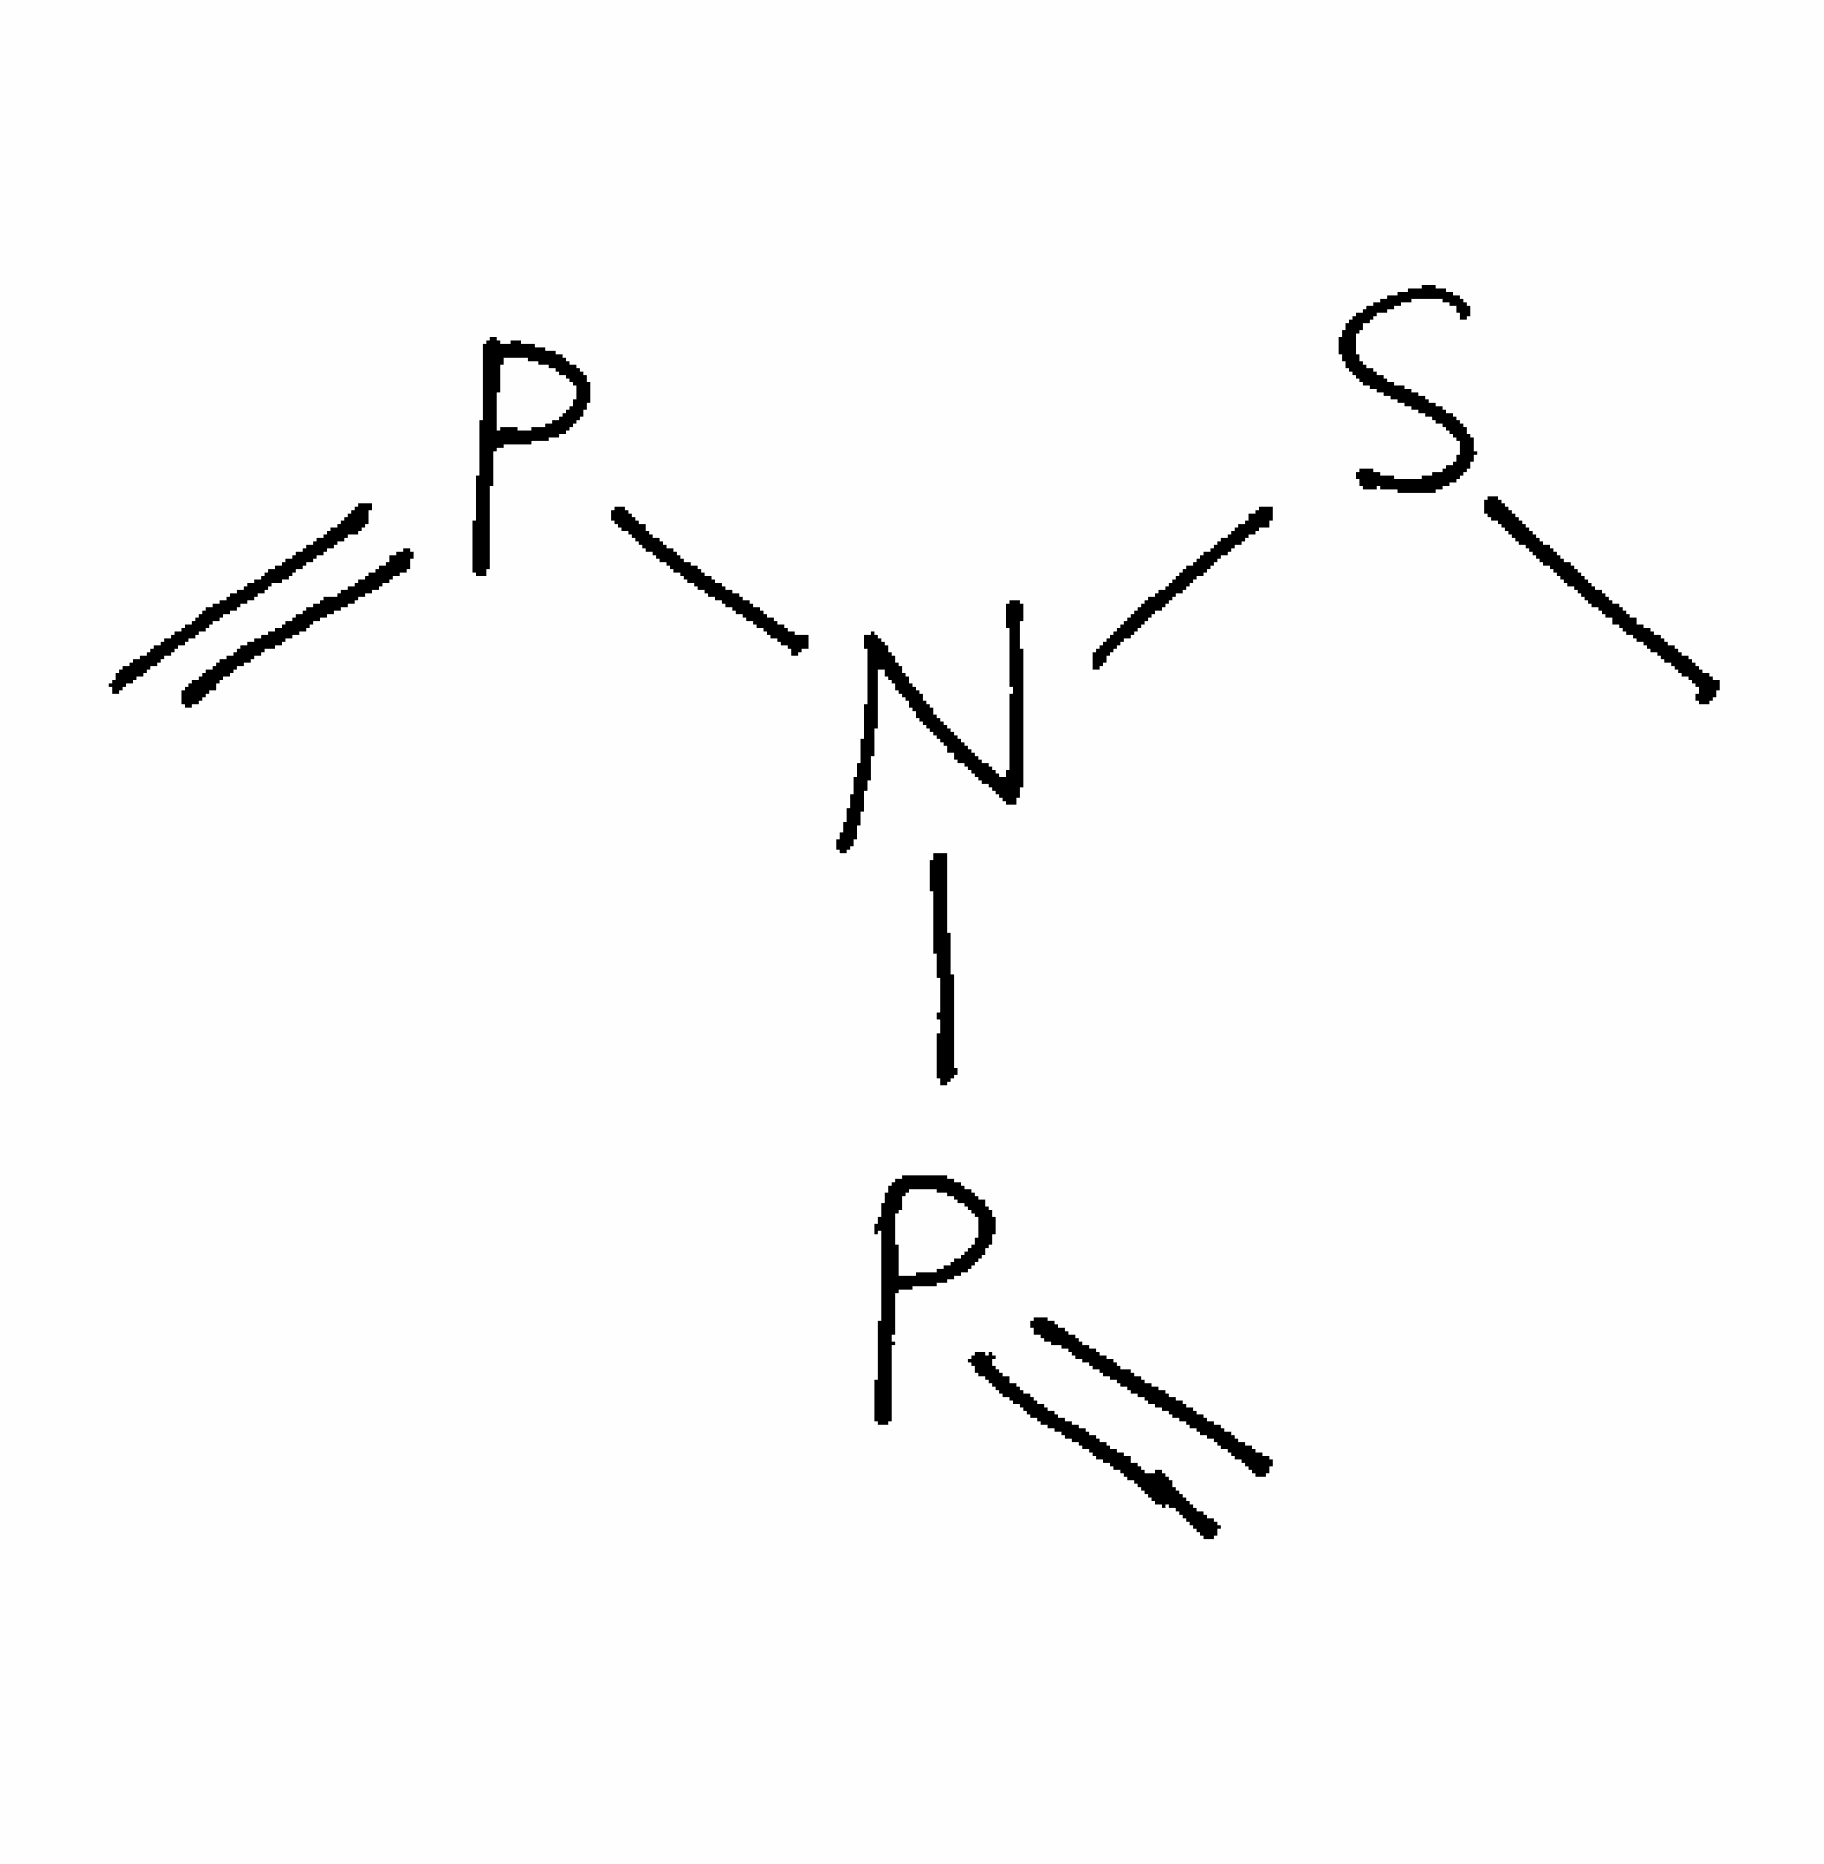
Simplified molecular-input line-entry system (SMILES) notation of the given molecule:
CSN(P=C)P=C